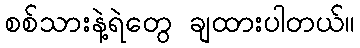
စစ်သားနဲ့ရဲတွေ ချထားပါတယ်။